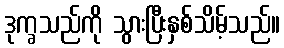
ဒုက္ခသည်ကို သွားပြီးနှစ်သိမ့်သည်။